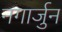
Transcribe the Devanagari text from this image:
नगार्जुन